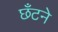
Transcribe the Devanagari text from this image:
छँटने